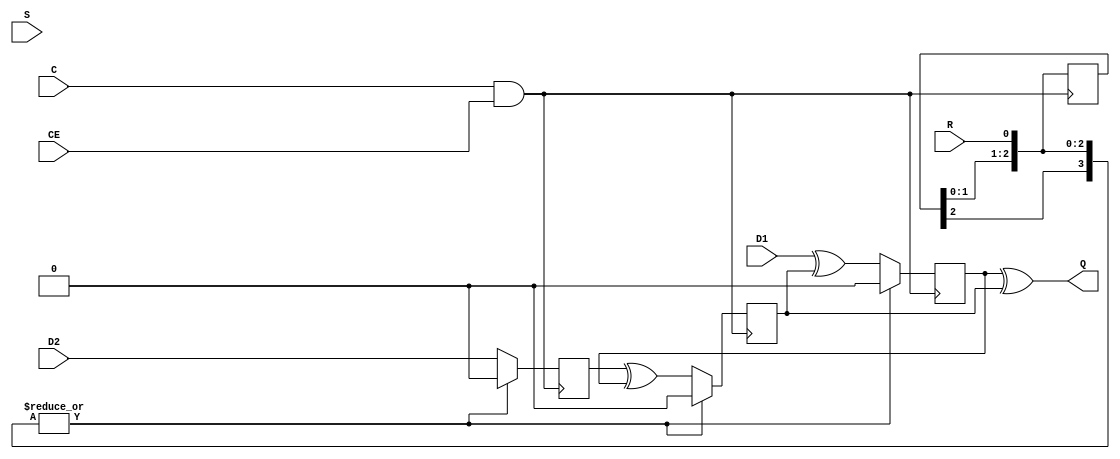
`ifdef verilator3
`else
`timescale 1 ps / 1 ps
`endif
//
// ODDR primitive for Xilinx FPGAs
// Compatible with Verilator tool (www.veripool.org)
// Copyright (c) 2019-2022 Frdric REQUIN
// License : BSD
//

module ODDR
  #(
     parameter [0:0] DDR_CLK_EDGE = "SAME_EDGE",
     parameter [0:0] INIT = 1'b0,
     parameter SRTYPE = "SYNC"
   )
   (
     input  C,
     input  CE,
     input  D1,
     input  D2,
     input  S,
     input  R,
     output Q
   );


  wire       w_CLK = C&CE;
  wire       w_D1  = D1;
  wire       w_D2  = D2;
  wire       w_SR;

  reg  [2:0] r_SR_cdc;

  reg        r_Q_p;
  reg        r_D2_p;
  reg        r_Q_n;

  always @(posedge w_CLK)
  begin
    r_SR_cdc <= { r_SR_cdc[1:0], R };
  end
  assign w_SR = |{ R, r_SR_cdc };

  always @(posedge w_CLK)
  begin

    if (w_SR)
    begin
      r_Q_p  <= INIT ;
      r_D2_p <= INIT;
    end
    else
    begin
      r_Q_p  <= w_D1 ^ r_Q_n;
      r_D2_p <= w_D2;
    end
  end

  always @(negedge w_CLK)
  begin

    if (w_SR)
    begin
      r_Q_n <= INIT;
    end
    else
    begin
      r_Q_n <= r_D2_p ^ r_Q_p;
    end
  end

  assign Q = r_Q_p ^ r_Q_n;

endmodule